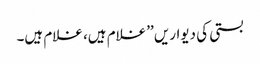
بستی کی دیواریں ’’غلام ہیں، غلام ہیں۔